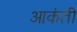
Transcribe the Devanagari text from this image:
आकंती